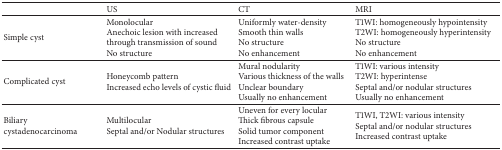
<table><thead><tr><td><b> </b></td><td><b>US</b></td><td><b>CT</b></td><td><b>MRI</b></td></tr></thead><tbody><tr><td>Simple cyst</td><td>Monolocular Anechoic lesion with increased through transmission of sound No structure</td><td>Uniformly water-density Smooth thin walls No structure No enhancement</td><td>T1WI: homogeneously hypointensity T2WI: homogeneously hyperintensity No structure No enhancement</td></tr><tr><td>Complicated cyst</td><td>Honeycomb pattern Increased echo levels of cystic fluid</td><td>Mural nodularity Various thickness of the walls Unclear boundary Usually no enhancement</td><td>T1WI: various intensityT2WI: hyperintense Septal and/or nodular structures Usually no enhancement</td></tr><tr><td>Biliary cystadenocarcinoma</td><td>Multilocular Septal and/or Nodular structures</td><td>Uneven for every locular Thick fibrous capsule Solid tumor component Increased contrast uptake</td><td>T1WI, T2WI: various intensity Septal and/or nodular structures Increased contrast uptake</td></tr></tbody></table>